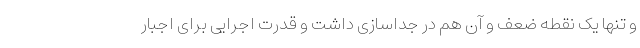
و تنها یک نقطه ضعف و آن هم در جداسازی داشت و قدرت اجرایی برای اجبار